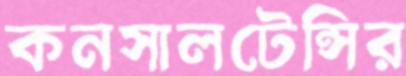
কনসালটেন্সির